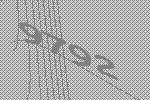
9792